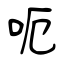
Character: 呃